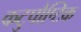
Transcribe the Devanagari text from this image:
कटुपौष्टिक